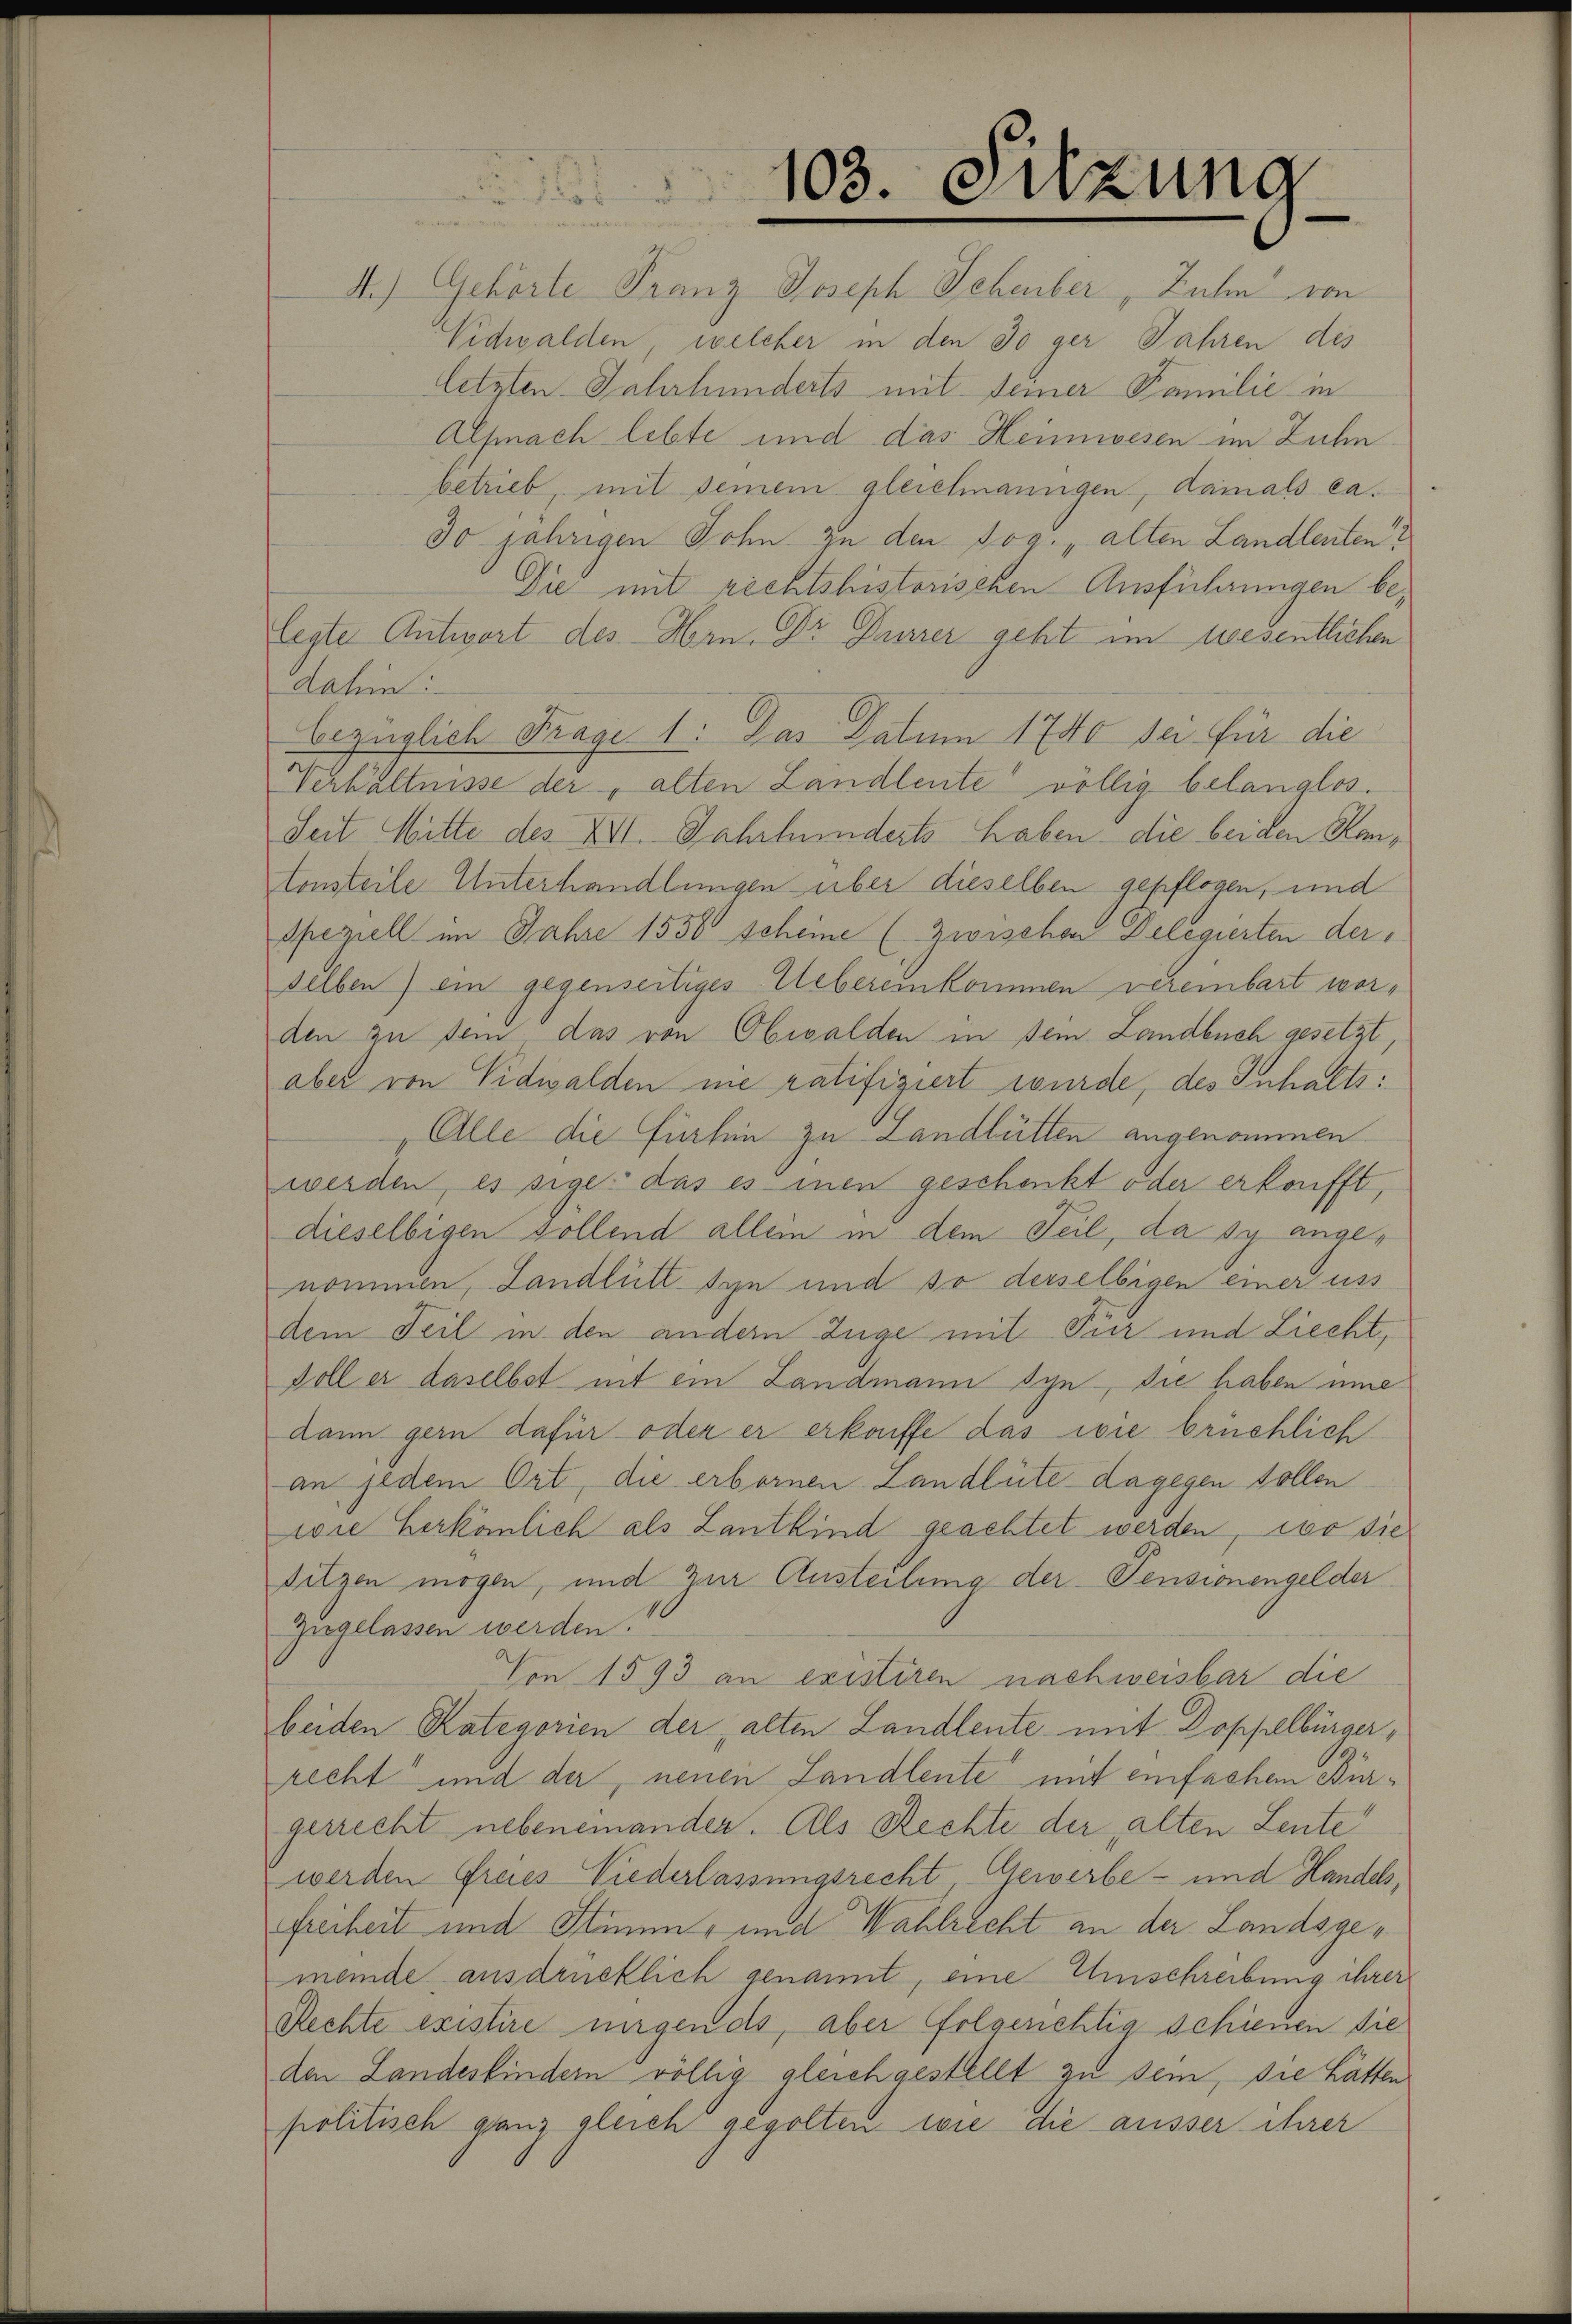
103. Sitzung

A.) Gehörte Franz Joseph Scheiber, Zuhn von
Nidwalden, welcher in den so ger Jahren des
letzten Jahrhunderts mit seiner Familie in
Alfnach lebte und das Heimwesen im Zuhn
betrieb, mit seinem gleichnangen, damals ca¬
30 jährigen Sohn zu den sog. „alten Landlenten
Die mit rechtshistorischen Ausführungen belegte Antwort des Hrn. Dr Busser geht im wesentlichen
dahin:
bezüglich Frage 1: Das Datum 1740 sei für die
Verhältnisse der „alten Landleute völlig belanglos.
Seit Mitte des XVI. Jahrhunderts haben die beiden Hantonsteile Unterhandlungen über dieselben gepflogen, und
Speziell im Jahre 1550 scheine (Zwischen Delegierten der
selben) ein gegenseitiges Uebereinkommen vereinbart worden zu dem das von Obwalden in sein Landbuch gesetzt,
aber von Vidwalden nie ratifiziert wurde, des Inhalts:
Alle die fürhin zu Landlütten angenommen.
werden, es sige: das es inen geschenkt oder erkonfft,
dieselbigen sollend allein in dem Teil, da sy angenommen, Landlütt syn und so derselbigen einer uss
dem Teil in den andern Züge mit Tier und Liecht,
Doll er daselbst mit ein Landmann syn, die haben inne
dann gern dafür oder er erkaiffe das wie brüchlich
an jedem Ort, die erbornen Landlüte dagegen sollen
wie herkönlich als Lantkind geachtet werden, wo sie
sitzen mögen, und zur Austeilung der Pensionengelder
zugelassen werden.“
Von 1593 an existiren nachweisbar die
beiden Kategorien der alten Landleute mit Doppelbürgerrecht und der neuen Landleute mit einfachen Bürgerrecht nebeneinander. Als Rechte der alten Leute
werden freies Niederlassungsrecht Gewerbe- und Handels,
Freiheit und Stimm- und Wahlrecht an der Landsgemeinde ausdrücklich genannt, eine Umschreibung ihrer
Rechte existire ungends, aber folgerichtig schienen sie
den Landeskindern völlig gleichgestellt zu sein, sie hätten
politisch ganz gleich gegolten wie die ausser ihrer